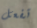
تفعل